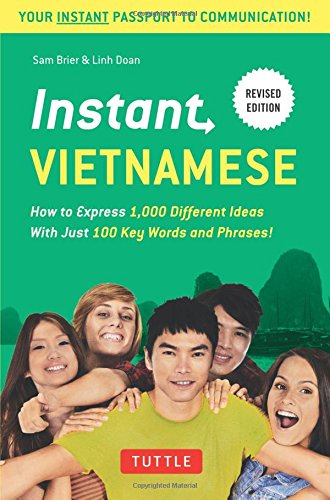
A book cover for Instant Vietnamese: How to Express 1,000 Different Ideas with Just 100 Key Words and Phrases! (Vietnamese Phrasebook) (Instant Phrasebook Series); Sam Brier; Travel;